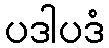
ပဒါပဒံ